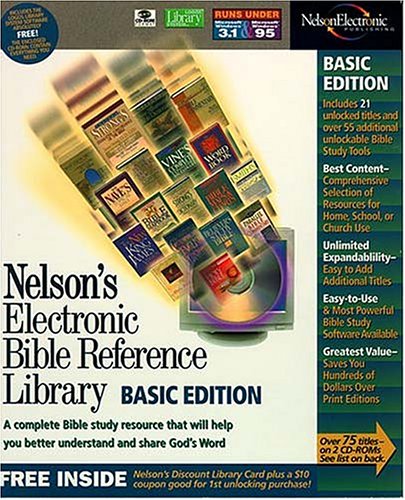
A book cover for Nelson's Electronic Bible Reference Library: Basic Edition - 21 Books; Christian Books & Bibles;